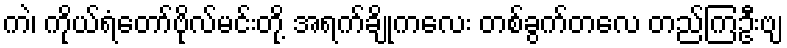
ကဲ၊ ကိုယ်ရံတော်ဗိုလ်မင်းတို့ အရက်ချိုကလေး တစ်ခွက်တလေ တည်ကြဦးဗျ